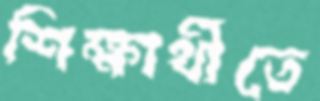
শিক্ষার্থীতে